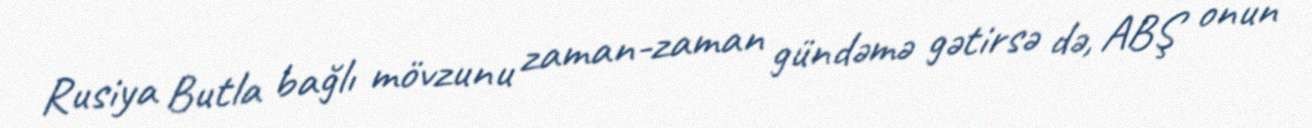
Rusiya Butla bağlı mövzunu zaman-zaman gündəmə gətirsə də, ABŞ onun